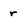
Character: r